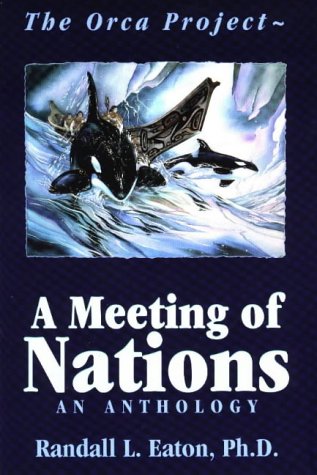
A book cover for The Orca Project: A Meeting of Nations : An Anthology; Randall L. Eaton; Sports & Outdoors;